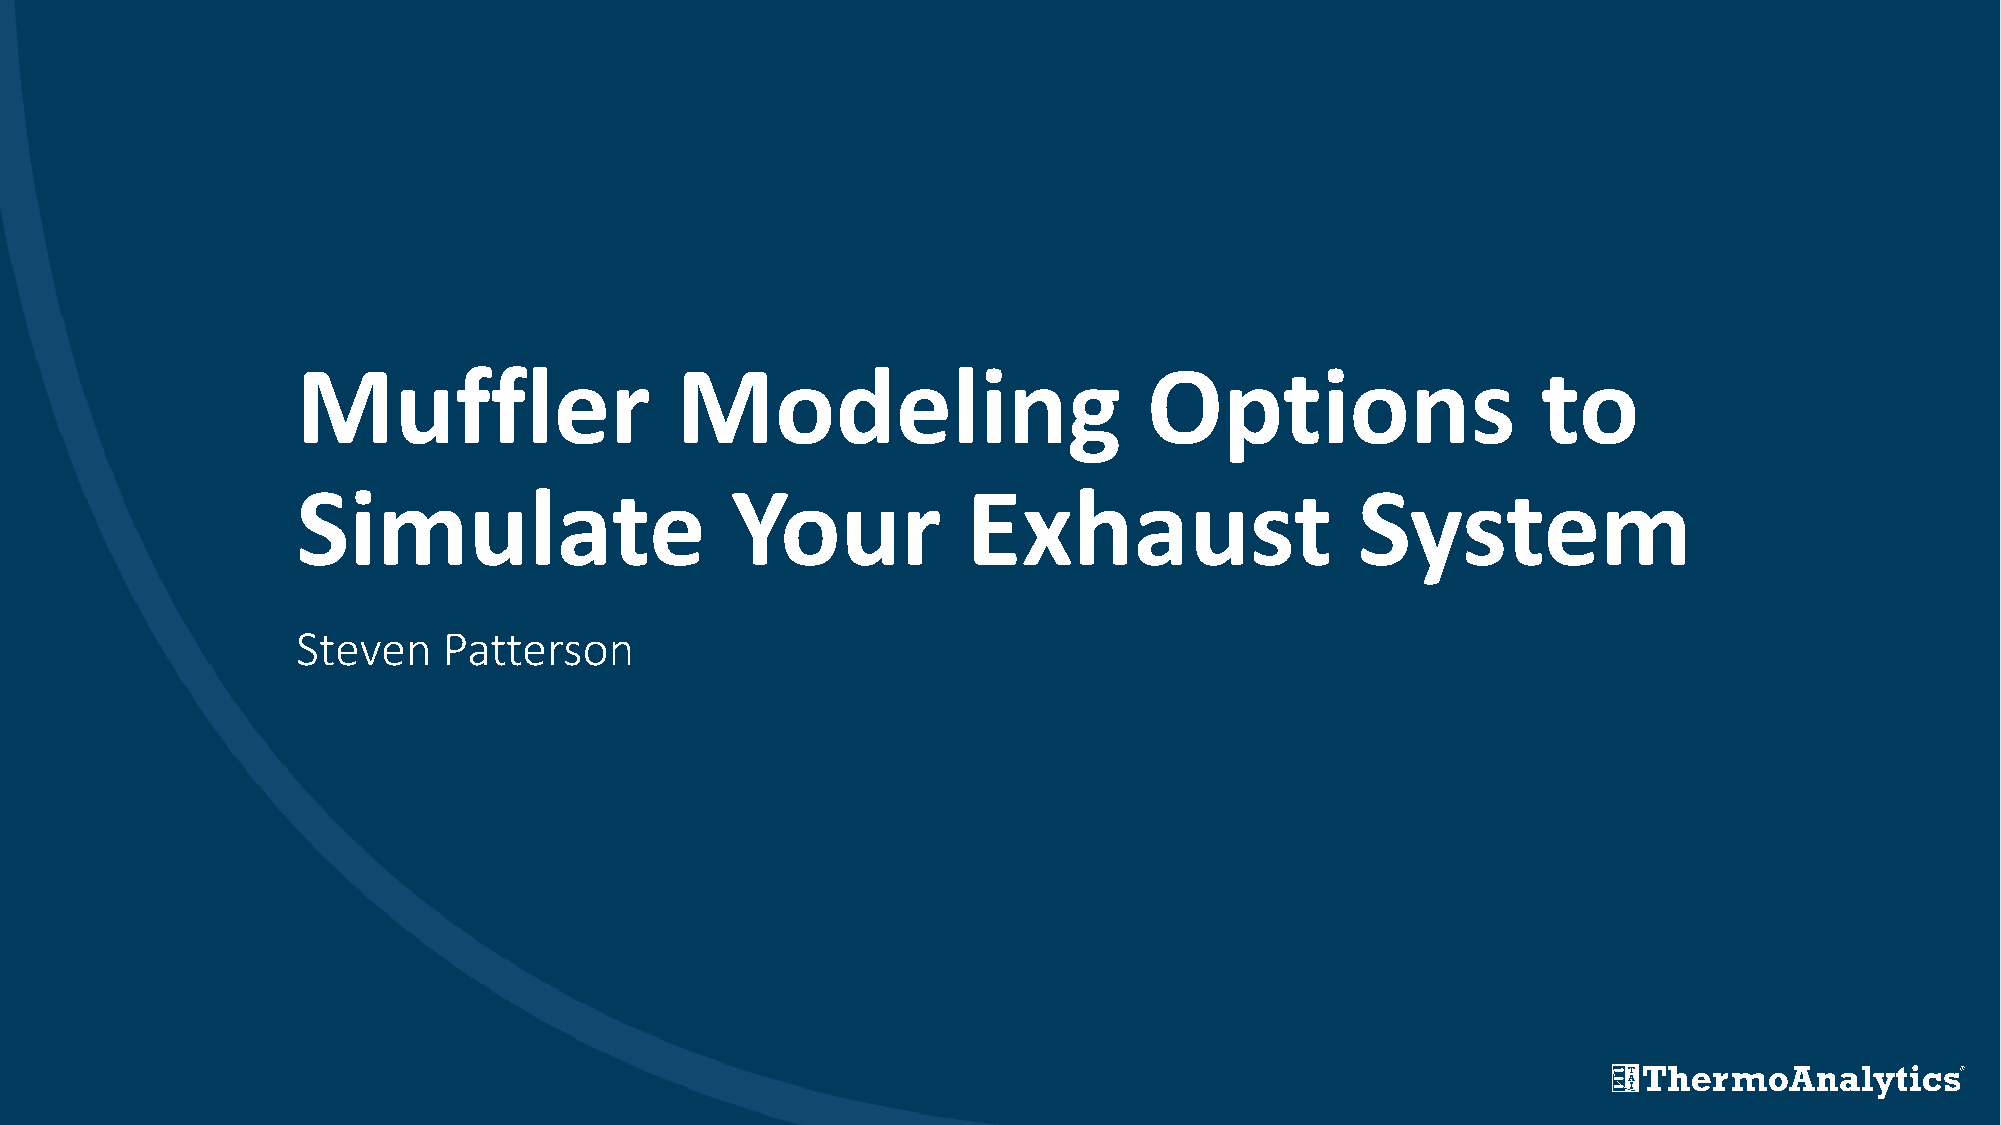
Muffler                  Modeling                       Options                   to
 Simulate                    Your            Exhaust                   System
 Steven   Patterson